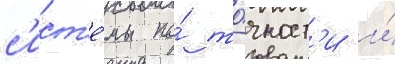
с'ист'е́мы по́ то́чност'и и́